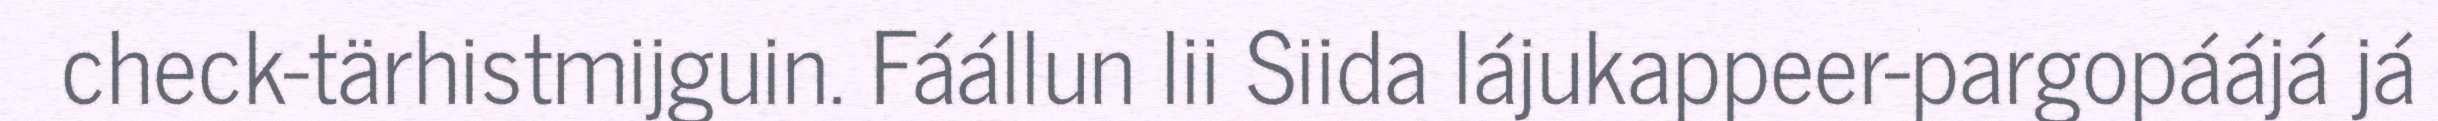
check-tärhistmijguin. Fáállun lii Siida lájukappeer-pargopáájá já